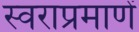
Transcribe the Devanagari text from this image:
स्वराप्रमाणें